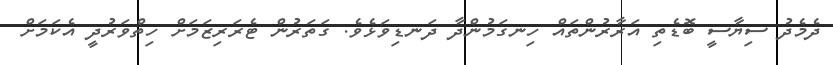
ދެމެދު ސިޔާސީ ބޮޑެތި އަރާރުންތައް ހިނގަމުންދާ ދަނޑިވަޅެވެ. ގަތަރުން ޓެރަރިޒަމަށް ހިތްވަރުދީ އެކަމަށް